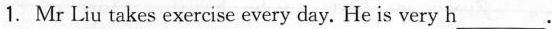
1. Mr Liu takes exercise every day. He is very h ___.